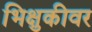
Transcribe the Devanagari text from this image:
भिक्षुकीवर